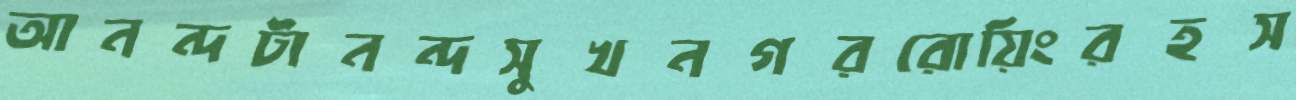
আনন্দটানন্দসুখনগররোয়িংরহস